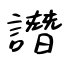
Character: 譖